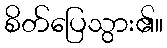
စိတ်ပြေသွား၏။